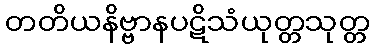
တတိယနိဗ္ဗာနပဋိသံယုတ္တသုတ္တ